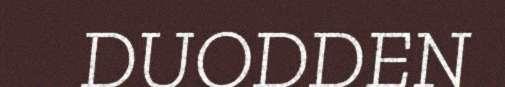
DUODDEN